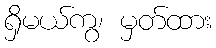
ရှိမယ်ကွ၊ မှတ်ထား